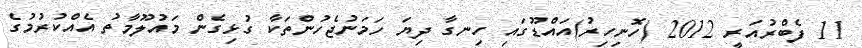
11 ފެބްރުއަރީ 2012 (ހޮނިހިރު)އައްޑޫގައި ހިނގާ ދިޔަ ހަމަނުޖެހުންތަކާ ގުޅިގެން މައުލޫމާތު އެއްކުރުމުގެ